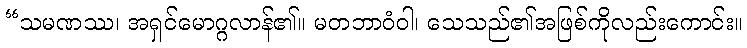
“သမဏဿ၊ အရှင်မောဂ္ဂလာန်၏။ မတဘာဝံဝါ၊ သေသည်၏အဖြစ်ကိုလည်းကောင်း။